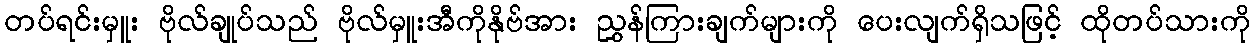
တပ်ရင်းမှူး ဗိုလ်ချုပ်သည် ဗိုလ်မှူးအီကိုနိုဗ်အား ညွှန်ကြားချက်များကို ပေးလျက်ရှိသဖြင့် ထိုတပ်သားကို